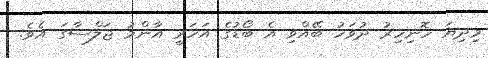
މިދިޔަ ހޮނިހިރު ދުވަހު ބޭއްވި އެ ބޯޑުގެ އަހަރީ އާންމު ޖަލްސާގަ އެވެ.